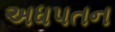
અધપતન